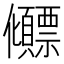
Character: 𫤕